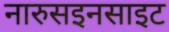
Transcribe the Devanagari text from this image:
नारुसइनसाइट